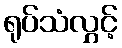
ရုပ်သံလွှင့်